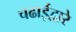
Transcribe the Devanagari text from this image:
चढाईद्वारे